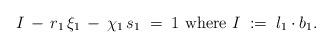
LaTeX: \begin{align*}I \, - \, r_1 \, \xi_1 \, -\, \chi_1 \, s_1 \; = \; 1\mbox{ where }I\; := \; l_1\cdot b_1.\end{align*}